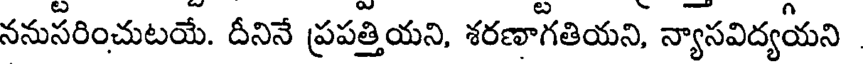
ననుసరించుటయే. దీనినే ప్రపత్తియని, శరణాగతియని, న్యాసవిద్యయని